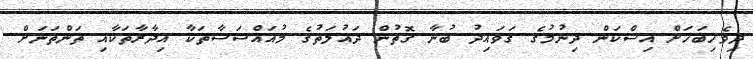
ދިވެހިބަހަށް އިސްކަން ދިނުމުގެ ގަވައިދު ބުނާ ގޮތުން ދައުލަތުގެ މުއައްސަސާތަކާ އިދާރާތަކާއި ތަންތަނަށް